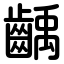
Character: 齲